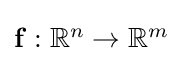
{\textstyle \mathbf {f} :\mathbb {R} ^{n}\to \mathbb {R} ^{m}}